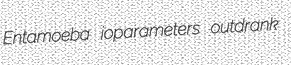
Entamoeba ioparameters outdrank